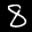
Label: 8